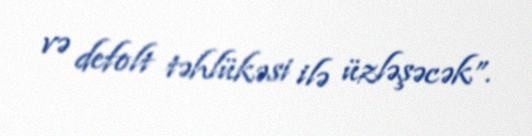
və defolt təhlükəsi ilə üzləşəcək”.